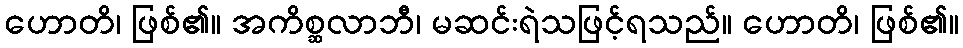
ဟောတိ၊ ဖြစ်၏။ အကိစ္ဆလာဘီ၊ မဆင်းရဲသဖြင့်ရသည်။ ဟောတိ၊ ဖြစ်၏။